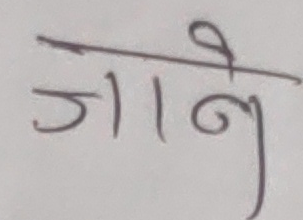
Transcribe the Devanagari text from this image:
जाने